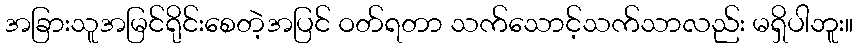
အခြားသူအမြင်ရိုင်းစေတဲ့အပြင် ဝတ်ရတာ သက်သောင့်သက်သာလည်း မရှိပါဘူး။